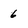
Character: 6